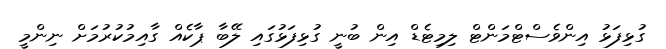
ގުޅިފަޅު އިންވެސްޓްމަންޓް ލިމިޓެޑް އިން ބުނީ ގުޅިފަޅުގައި ލޭބާ ޕާކެއް ގާއިމުކުރުމަށް ނިންމީ